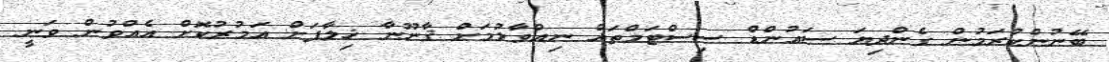
ބޭނުންކުރަމުން ގެންދިޔަ ސައުންޑް ސިސްޓަމްތައް ނިއްވާލުމަށް ޤާނޫނާ ޚިލާފަށް އަމުރުކޮށް އެއްވުން ވަނީ